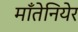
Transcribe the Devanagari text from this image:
माँतेनियेर